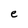
Character: e